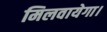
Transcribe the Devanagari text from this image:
मिलवायेगा।